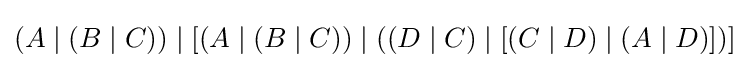
(A\mid (B\mid C))\mid [(A\mid (B\mid C))\mid ((D\mid C)\mid [(C\mid D)\mid (A\mid D)])]